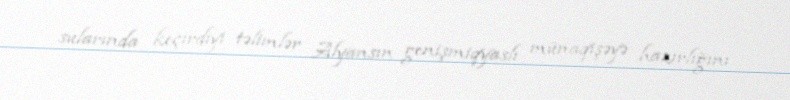
sularında keçirdiyi təlimlər Alyansın genişmiqyaslı münaqişəyə hazırlığını